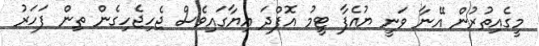
މީގެއިތުރުން އޭނާ ވަނީ ޔުއެފާ ޓީމު އޮފްދަ އިޔާގައިވެސް ޖެހިޖެހިގެން ތިން ފަހަރު